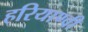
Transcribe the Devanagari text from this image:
हरियाण्वी